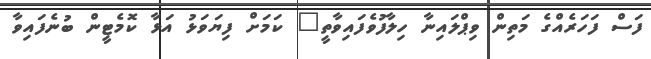
ފަސް ފަހަރެއްގެ މަތިން ވިޕްލައިނާ ހިލާފުވެފައިވާތީ" ކަމަށް ފިޔަވަޅު އަޅާ ކޮމެޓީން ބުނެފައިވާ